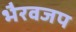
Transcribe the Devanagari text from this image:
भैरवजप